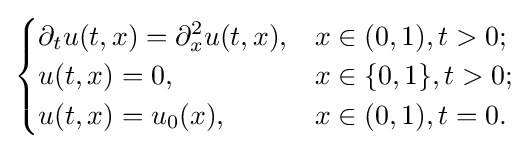
{\begin{cases}\partial _{t}u(t,x)=\partial _{x}^{2}u(t,x),&x\in (0,1),t>0;\\u(t,x)=0,&x\in \{0,1\},t>0;\\u(t,x)=u_{0}(x),&x\in (0,1),t=0.\end{cases}}